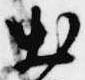
出